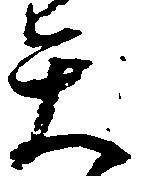
矢